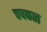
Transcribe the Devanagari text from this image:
चषकात